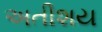
અતીશય